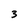
Character: 3